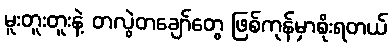
မူးတူးတူးနဲ့ တလွဲတချော်တွေ ဖြစ်ကုန်မှာစိုးရတယ်